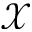
\mathcal { X }